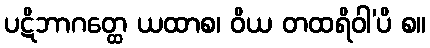
ပဋိဘာဂတ္ထေ ယထာစ၊ ဝိယ တထရိဝါ’ပိ စ။